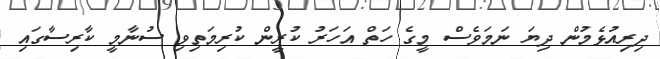
ދިރިއުޅެމުން ދިޔަ ނަމަވެސް މީގެ ހަތް އަހަރު ކުރީން ކުރިމަތިވި ސުނާމީ ކާރިސާގައި